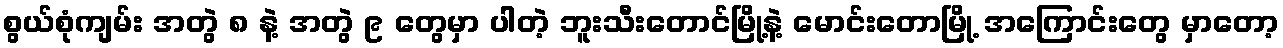
စွယ်စုံကျမ်း အတွဲ ၈ နဲ့ အတွဲ ၉ တွေမှာ ပါတဲ့ ဘူးသီးတောင်မြို့နဲ့ မောင်းတောမြို့ အကြောင်းတွေ မှာတော့